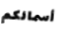
أسمائكم